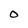
Character: O